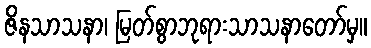
ဇိနသာသနာ၊ မြတ်စွာဘုရားသာသနာတော်မှ။